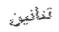
تنانين